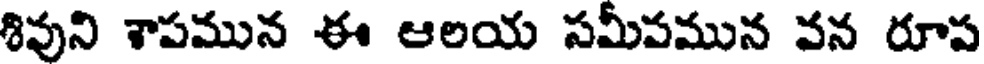
శివుని శాపమున ఈ ఆలయ సమీపమున వన రూప